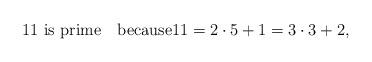
LaTeX: \begin{align*}11\mbox{ is prime}\quad\mbox{because}11=2\cdot 5+1=3\cdot 3+2,\end{align*}